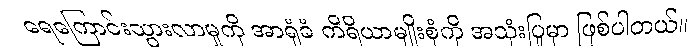
ရေကြောင်းသွားလာမှုကို အာရုံခံ ကိရိယာမျိုးစုံကို အသုံးပြုမှာ ဖြစ်ပါတယ်။